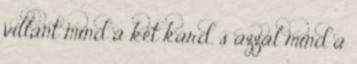
villant mind a két kard, s azzal mind a